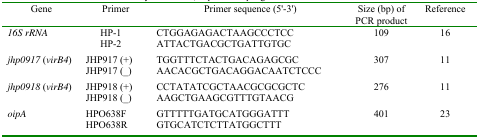
| Gene | Primer | Primer sequence (5'-3') | Size (bp) of PCR product | Reference |
 | --- | --- | --- | --- | --- |
 | 16S rRNA | HP-1HP-2 | CTGGAGAGACTAAGCCCTCCATTACTGACGCTGATTGTGC | 109 | 16 |
 | jhp0917 (virB4) | JHP917 (+)JHP917 (_) | TGGTTTCTACTGACAGAGCGCAACACGCTGACAGGACAATCTCCC | 307 | 11 |
 | jhp0918 (virB4) | JHP918 (+)JHP918 (_) | CCTATATCGCTAACGCGCGCTCAAGCTGAAGCGTTTGTAACG | 276 | 11 |
 | oipA | HPO638FHPO638R | GTTTTTGATGCATGGGATTTGTGCATCTCTTATGGCTTT | 401 | 23 |